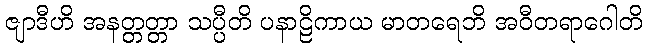
ဇျာဒီဟိ အနတ္တတ္တာ သပ္ပီတိ ပနာဠိကာယ မာတရေဘိ အဝီတရာဂေါတိ